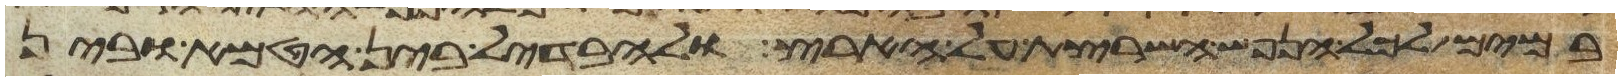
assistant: במים לכל הנפש השרצת על הארץ להבדיל בין הטמא ובין